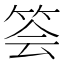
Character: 𥭉